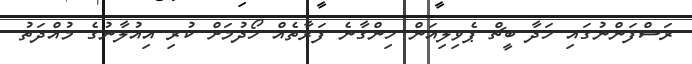
ރަސްފަންނުގައި ހަދާ ބީޗް ޕެވިލިއަން ހިންގާނެ ފަރާތެއް ހޯދުމަށް ކުރި އިއުލާނުގެ މުއްދަތު